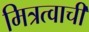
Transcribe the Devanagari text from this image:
मित्रत्वाची